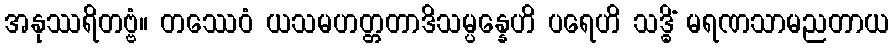
အနုဿရိတဗ္ဗံ။ တဿေဝံ ယသမဟတ္တတာဒိသမ္ပန္နေဟိ ပရေဟိ သဒ္ဓိံ မရဏသာမညတာယ